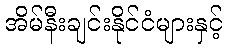
အိမ်နီးချင်းနိုင်ငံများနှင့်